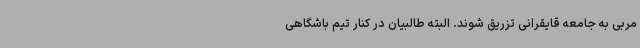
مربی به جامعه قایقرانی تزریق شوند. البته طالبیان در کنار تیم باشگاهی